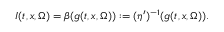
I ( t , x , \Omega ) = \beta ( g ( t , x , \Omega ) ) : = ( \eta ^ { \prime } ) ^ { - 1 } ( g ( t , x , \Omega ) ) .